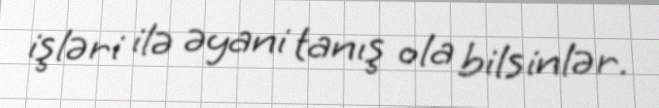
işləri ilə əyani tanış ola bilsinlər.